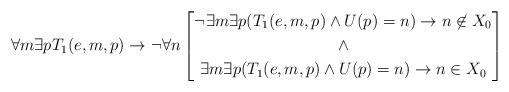
LaTeX: \begin{align*}\forall m\exists p T_1(e,m,p) \rightarrow \neg\forall n\left[\begin{gathered}\neg\exists m\exists p (T_1(e,m,p) \wedge U(p)=n) \rightarrow n \not\in X_0\\\wedge\\\exists m\exists p (T_1(e,m,p) \wedge U(p)=n)\rightarrow n \in X_0\end{gathered}\right]\end{align*}